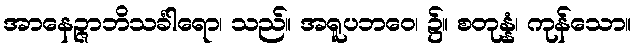
အာနေဉ္ဇာဘိသင်္ခါရော၊ သည်။ အရူပဘဝေ၊ ၌။ စတုန္နံ၊ ကုန်သော။